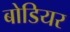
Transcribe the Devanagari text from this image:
बोडियर